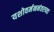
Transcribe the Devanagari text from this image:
यशोवर्मननंतरच्या